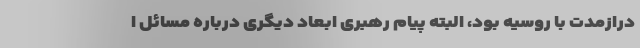
درازمدت با روسیه بود، البته پیام رهبری ابعاد دیگری درباره مسائل ا